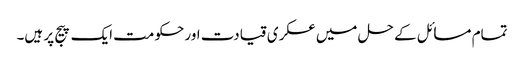
تمام مسائل کے حل میں عسکری قیادت اور حکومت ایک پیج پر ہیں۔